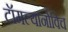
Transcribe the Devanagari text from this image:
टॉमल्यानोविच